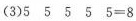
(3)$$5 5 5 5 5 = 8$$